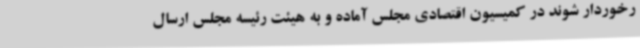
رخوردار شوند در کمیسیون اقتصادی مجلس آماده و به هیئت رئیسه مجلس ارسال